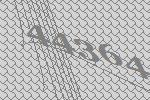
44364